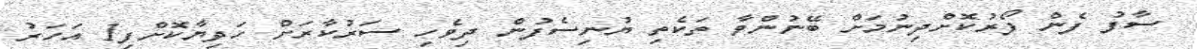
ސާފު ފެން ފޯރުކޮށްދިނުމަށް ބޭނުންވާ ތަކެތި ޔުނިސެފުން ދިވެހި ސަރުކާރަށް ހަދިޔާކޮށްފި1 އަހަރު